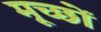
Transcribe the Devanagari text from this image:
मूच्छों